Indian journal of veterinary science and animal husbandry - Volume 9,
Year: 1939
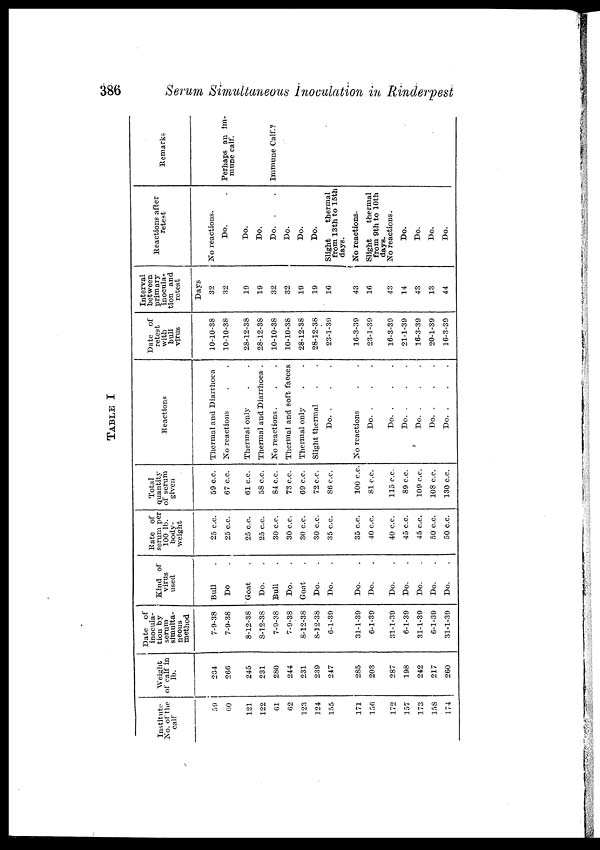
386
Serum Simultaneous Inoculation in Rinderpest
TABLE I
Institute
No. of the
calf
59
60
121
122
61
62
123
124
155
171
156
172
157
173
158
174
Weight
of calf in
lb.
234
266
245
231
280
244
231
239
247
285
203
287
198
242
217
260
Date of
inocula-
tion by
serum
simulta-
neous
method
7-9-38
7-9-38
8-12-38
8-12-38
7-9-38
7-9-38
8-12-38
8-12-38
0-1-39
31-1-39
6-1-39
31-1-39
6-1-39
31-1-39
6-1-39
31-1-39
Kind of
virus
used
Bull .
Do .
Goat .
Do. .
Bull .
Do. .
Goat .
Do. .
Do. .
Do. .
Do. .
Do. .
Do. .
Do. .
Do. .
Do. .
Rate of
serum per
100 lb.
body-
weight
25 c.c.
25 c.c.
25 c.c.
25 c.c.
30 c.c.
30 c.c.
30 c.c.
30 c.c.
35 c.c.
35 c.c.
40 c.c.
40 c.c.
45 c.c.
45 c.c.
50 c.c.
50 c.c.
Total
quantity
of scrum
given
59 c.c.
67 c.c.
61 c.c.
58 c.c.
84 c.c.
73 c.c.
69 c.c.
72 c.c.
56 c.c.
100 c.c.
81 c.c.
115 c.c.
89 c.c.
109 c.c.
108 c.c.
130 c.c.
Reactions
Thermal and Diarrhoea
No reactions
Thermal only
Thermal and Diarrhoea .
No reactions.
Thermal and soft faeces
Thermal only
Slight thermal
Do. .
No reactions
Do. .
Do. .
Do. .
Do. .
Do. .
Do. .
Date of
retest
with
bull
virus
10-10-38
10-10-38
28-12-38
28-12-38
10-10-38
10-10-38
28-12-38
28-12-38
23-1-39
16-3-39
23-1-39
16-3-39
21-1-39
16-3-39
20-1-39
16-3-39
Interval
between
primary
inocula-
tion and
retest
Days
32
32
19
19
32
32
19
19
16
43
16
43
14
43
13
44
Reactions after
retest
No reactions.
Do.
Do.
Do.
Do. .
Do.
Do.
Do.
Slight
thermal
from 13th to 15th
days.
No reactions.
Slight
thermal
from 9th to 10th
days.
No reactions.
Do.
Do.
Do.
Do.
Remarks
Perhaps an im-
mune calf.
1m
Immune Calf.?